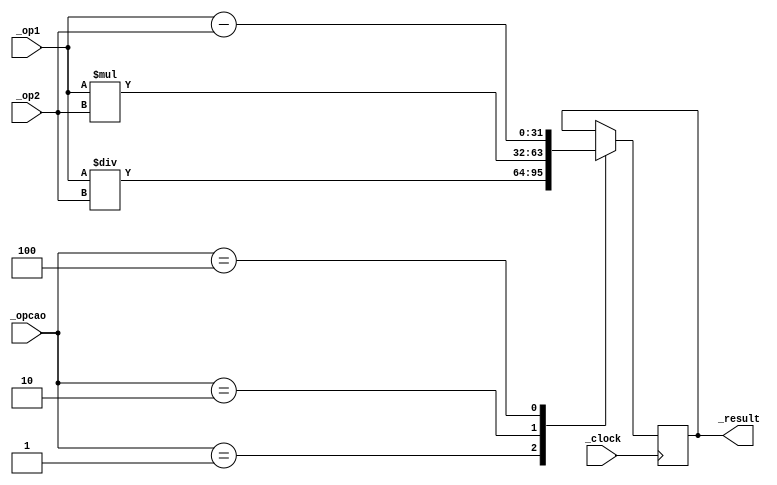
module Ula(
        input [31:0] _op1,_op2,  // ULA 32-bits operandos 
        input [3:0] _opcao,// ULA operador
        input _clock,  // clock
        output reg [31:0] _result //ULA result
    );


    always @(posedge _clock)
    begin
      $display("op1:", _op1);
      $display("op2:",_op2);
        case(_opcao)

            4'b0001: // Diviso
                _result = _op1 / _op2; 

            4'b0010: // Multiplicao
                _result = _op1 * _op2; 
                    
            4'b0100: // Subtrao
                _result = _op1 - _op2; 
                    
            4'b1000: // Adio
             $display("soma:", _op1+_op2);
             //   _result = _op1 + _op2; 

        endcase
     $display("-----------------");
    end

endmodule